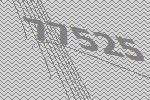
77525